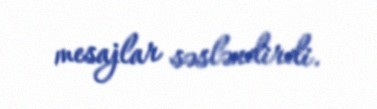
mesajlar səsləndirdi.